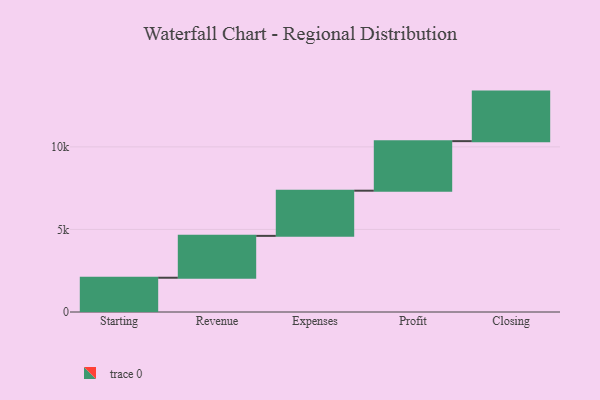
{"axis": {"x": "Step", "y": "Value"}, "legend": [""], "data": [{"x": "Starting", "y": 2075.0, "type": ""}, {"x": "Revenue", "y": 2535.0, "type": ""}, {"x": "Expenses", "y": 2736.0, "type": ""}, {"x": "Profit", "y": 3000, "type": ""}, {"x": "Closing", "y": 3000, "type": ""}]}